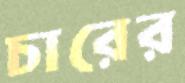
চারের